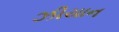
ઝીયાન